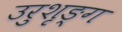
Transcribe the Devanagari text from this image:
उरुशृङ्ग